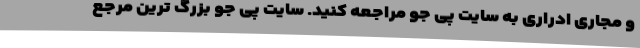
و مجاری ادراری به سایت پی جو مراجعه کنید. سایت پی جو بزرگ ترین مرجع